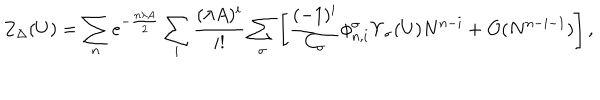
Z _ { \Delta } ( U ) = \sum _ { n } e ^ { - \frac { n \lambda A } { 2 } } \sum _ { i } \frac { ( \lambda A ) ^ { i } } { i ! } \sum _ { \sigma } \left[ \frac { ( - 1 ) ^ { i } } { C _ { \sigma } } \phi _ { n , i } ^ { \sigma } \Upsilon _ { \sigma } ( U ) N ^ { n - i } + { \cal O } ( N ^ { n - i - 1 } ) \right] ,